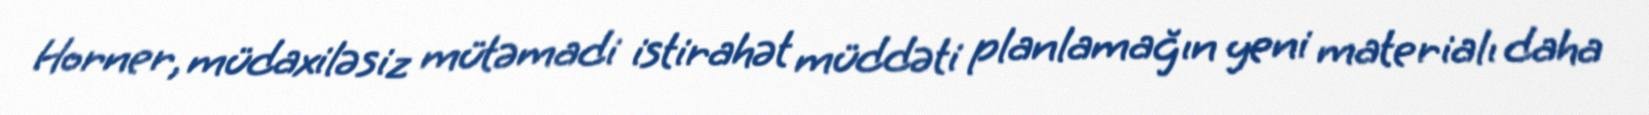
Horner, müdaxiləsiz mütəmadi istirahət müddəti planlamağın yeni materialı daha